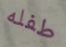
طفله